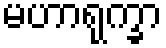
မဟာရုက္ခာ